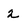
Character: 2